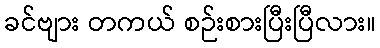
ခင်ဗျား တကယ် စဉ်းစားပြီးပြီလား။